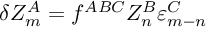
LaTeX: \delta { \cal Z } _ { m } ^ { A } = f ^ { A B C } { \cal Z } _ { n } ^ { B } \varepsilon _ { m - n } ^ { C }